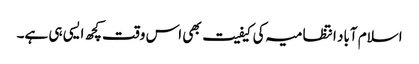
اسلام آباد انتظامیہ کی کیفیت بھی اس وقت کچھ ایسی ہی ہے۔